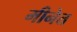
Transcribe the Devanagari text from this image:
मीनेत